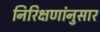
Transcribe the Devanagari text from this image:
निरिक्षणांनुसार